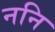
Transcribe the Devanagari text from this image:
ननि